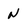
Character: N